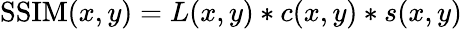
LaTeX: \operatorname{SSIM}(x,y)=L(x,y)*c(x,y)*s(x,y)